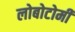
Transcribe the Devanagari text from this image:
लोबोटोमी